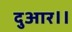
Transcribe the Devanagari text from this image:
दुआर।।